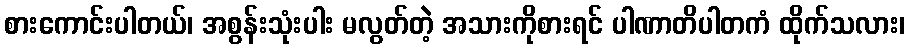
စားကောင်းပါတယ်၊ အစွန်းသုံးပါး မလွတ်တဲ့ အသားကိုစားရင် ပါဏာတိပါတကံ ထိုက်သလား၊